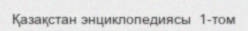
Қазақстан энциклопедиясы  1-том